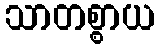
သာတစ္စာယ